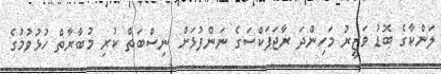
ލަންކާގެ ބޮޑު ވަޒީރު މަހިންދަ ރާޖަޕަކްސަގެ ނަންފުޅަށް ނިސްބަތް ކުރި މުބާރާތް ހުޅުވުމުގެ